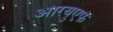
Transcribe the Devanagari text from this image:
आरयुएफ